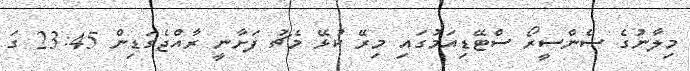
މިލާނުގެ ސެންސީރޯ ސްޓޭޑިއަމުގައި މިރޭ ކުޅޭ މެޗު ފަށާނީ ރާއްޖެގަޑިން 23:45 ގަ